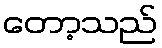
တော့သည်